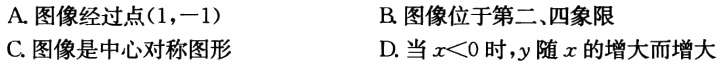
A. 图像经过点\((1,-1)\)

B. 图像位于第二、四象限

C. 图像是中心对称图形

D. 当\(x < 0\)时，\(y\)随\(x\)的增大而增大